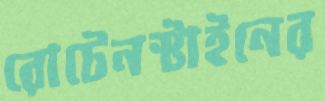
রোটেনস্টাইনের